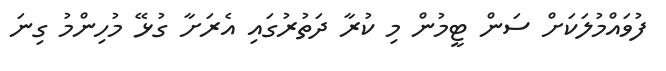
ފުވައްމުލަކަށް ސަން ޓީމުން މި ކުރާ ދަތުރުގައި އެރަށާ ގުޅޭ މުހިންމު ގިނަ